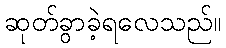
ဆုတ်ခွာခဲ့ရလေသည်။